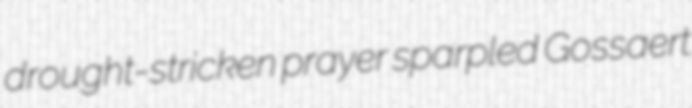
drought-stricken prayer sparpled Gossaert